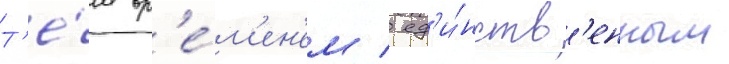
Т'е́м вр'е́м'ен'ем / ед'и́нств'енным